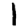
Digit: 1